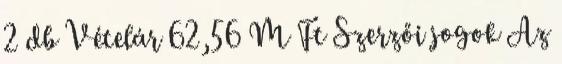
2 db Vételár 62,56 M Ft Szerzői jogok Az